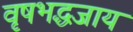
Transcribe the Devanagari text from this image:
वृषभद्धजाय